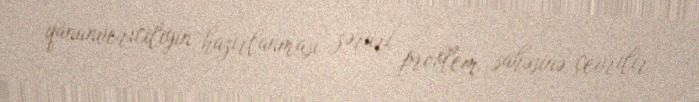
qanunvericiliyin hazırlanması zəruri problem sahəsinə çevrilir.